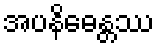
အပနိဓေန္တဿ